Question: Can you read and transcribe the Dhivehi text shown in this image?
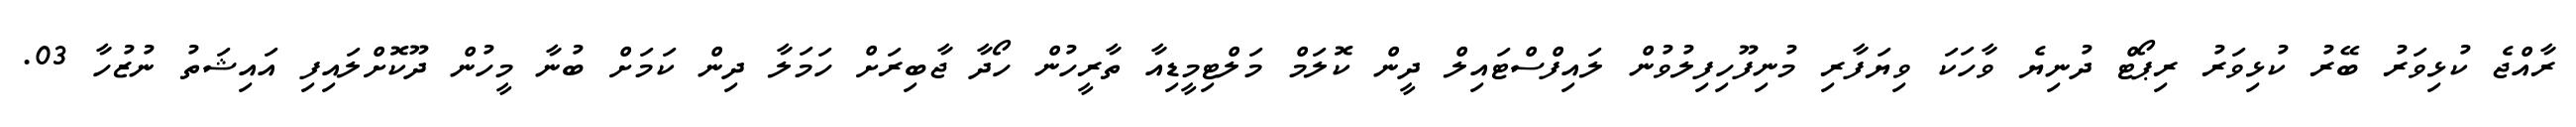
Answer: ރާއްޖެ ކުޅިވަރު ބޭރު ކުޅިވަރު ރިޕޯޓް ދުނިޔެ ވާހަކަ ވިޔަފާރި މުނިފޫހިފިލުވުން ލައިފްސްޓައިލް ދީން ކޮލަމް މަލްޓިމީޑިއާ ތާރީހުން ހޯދާ ޖާބިރަށް ހަމަލާ ދިން ކަމަށް ބުނާ މީހުން ދޫކޮށްލައިފި އައިޝަތު ނުޒުހާ 03.